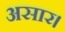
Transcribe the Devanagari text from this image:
असार।